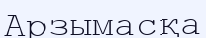
Арзымасқа